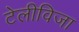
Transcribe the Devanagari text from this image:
टेलीविजा